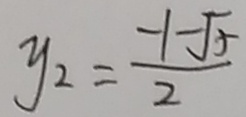
y _ { 2 } = \frac { - 1 - \sqrt { 5 } } { 2 }